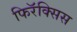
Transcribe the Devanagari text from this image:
फिरॅक्सिस